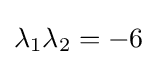
\lambda _{1}\lambda _{2}=-6